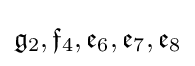
{\mathfrak {g}}_{2},{\mathfrak {f}}_{4},{\mathfrak {e}}_{6},{\mathfrak {e}}_{7},{\mathfrak {e}}_{8}